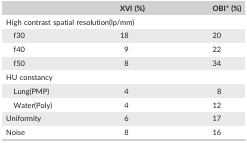
<table><thead><tr><td></td><td><b>XVI (%)</b></td><td><b>OBI* (%)</b></td></tr></thead><tbody><tr><td colspan="3">High contrast spatial resolution(lp/mm)</td></tr><tr><td>f30</td><td>18</td><td>20</td></tr><tr><td>f40</td><td>9</td><td>22</td></tr><tr><td>f50</td><td>8</td><td>34</td></tr><tr><td colspan="3">HU constancy</td></tr><tr><td>Lung(PMP)</td><td>4</td><td>8</td></tr><tr><td>Water(Poly)</td><td>4</td><td>12</td></tr><tr><td>Uniformity</td><td>6</td><td>17</td></tr><tr><td>Noise</td><td>8</td><td>16</td></tr></tbody></table>